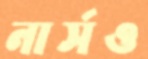
নার্সও